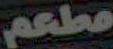
مطعم